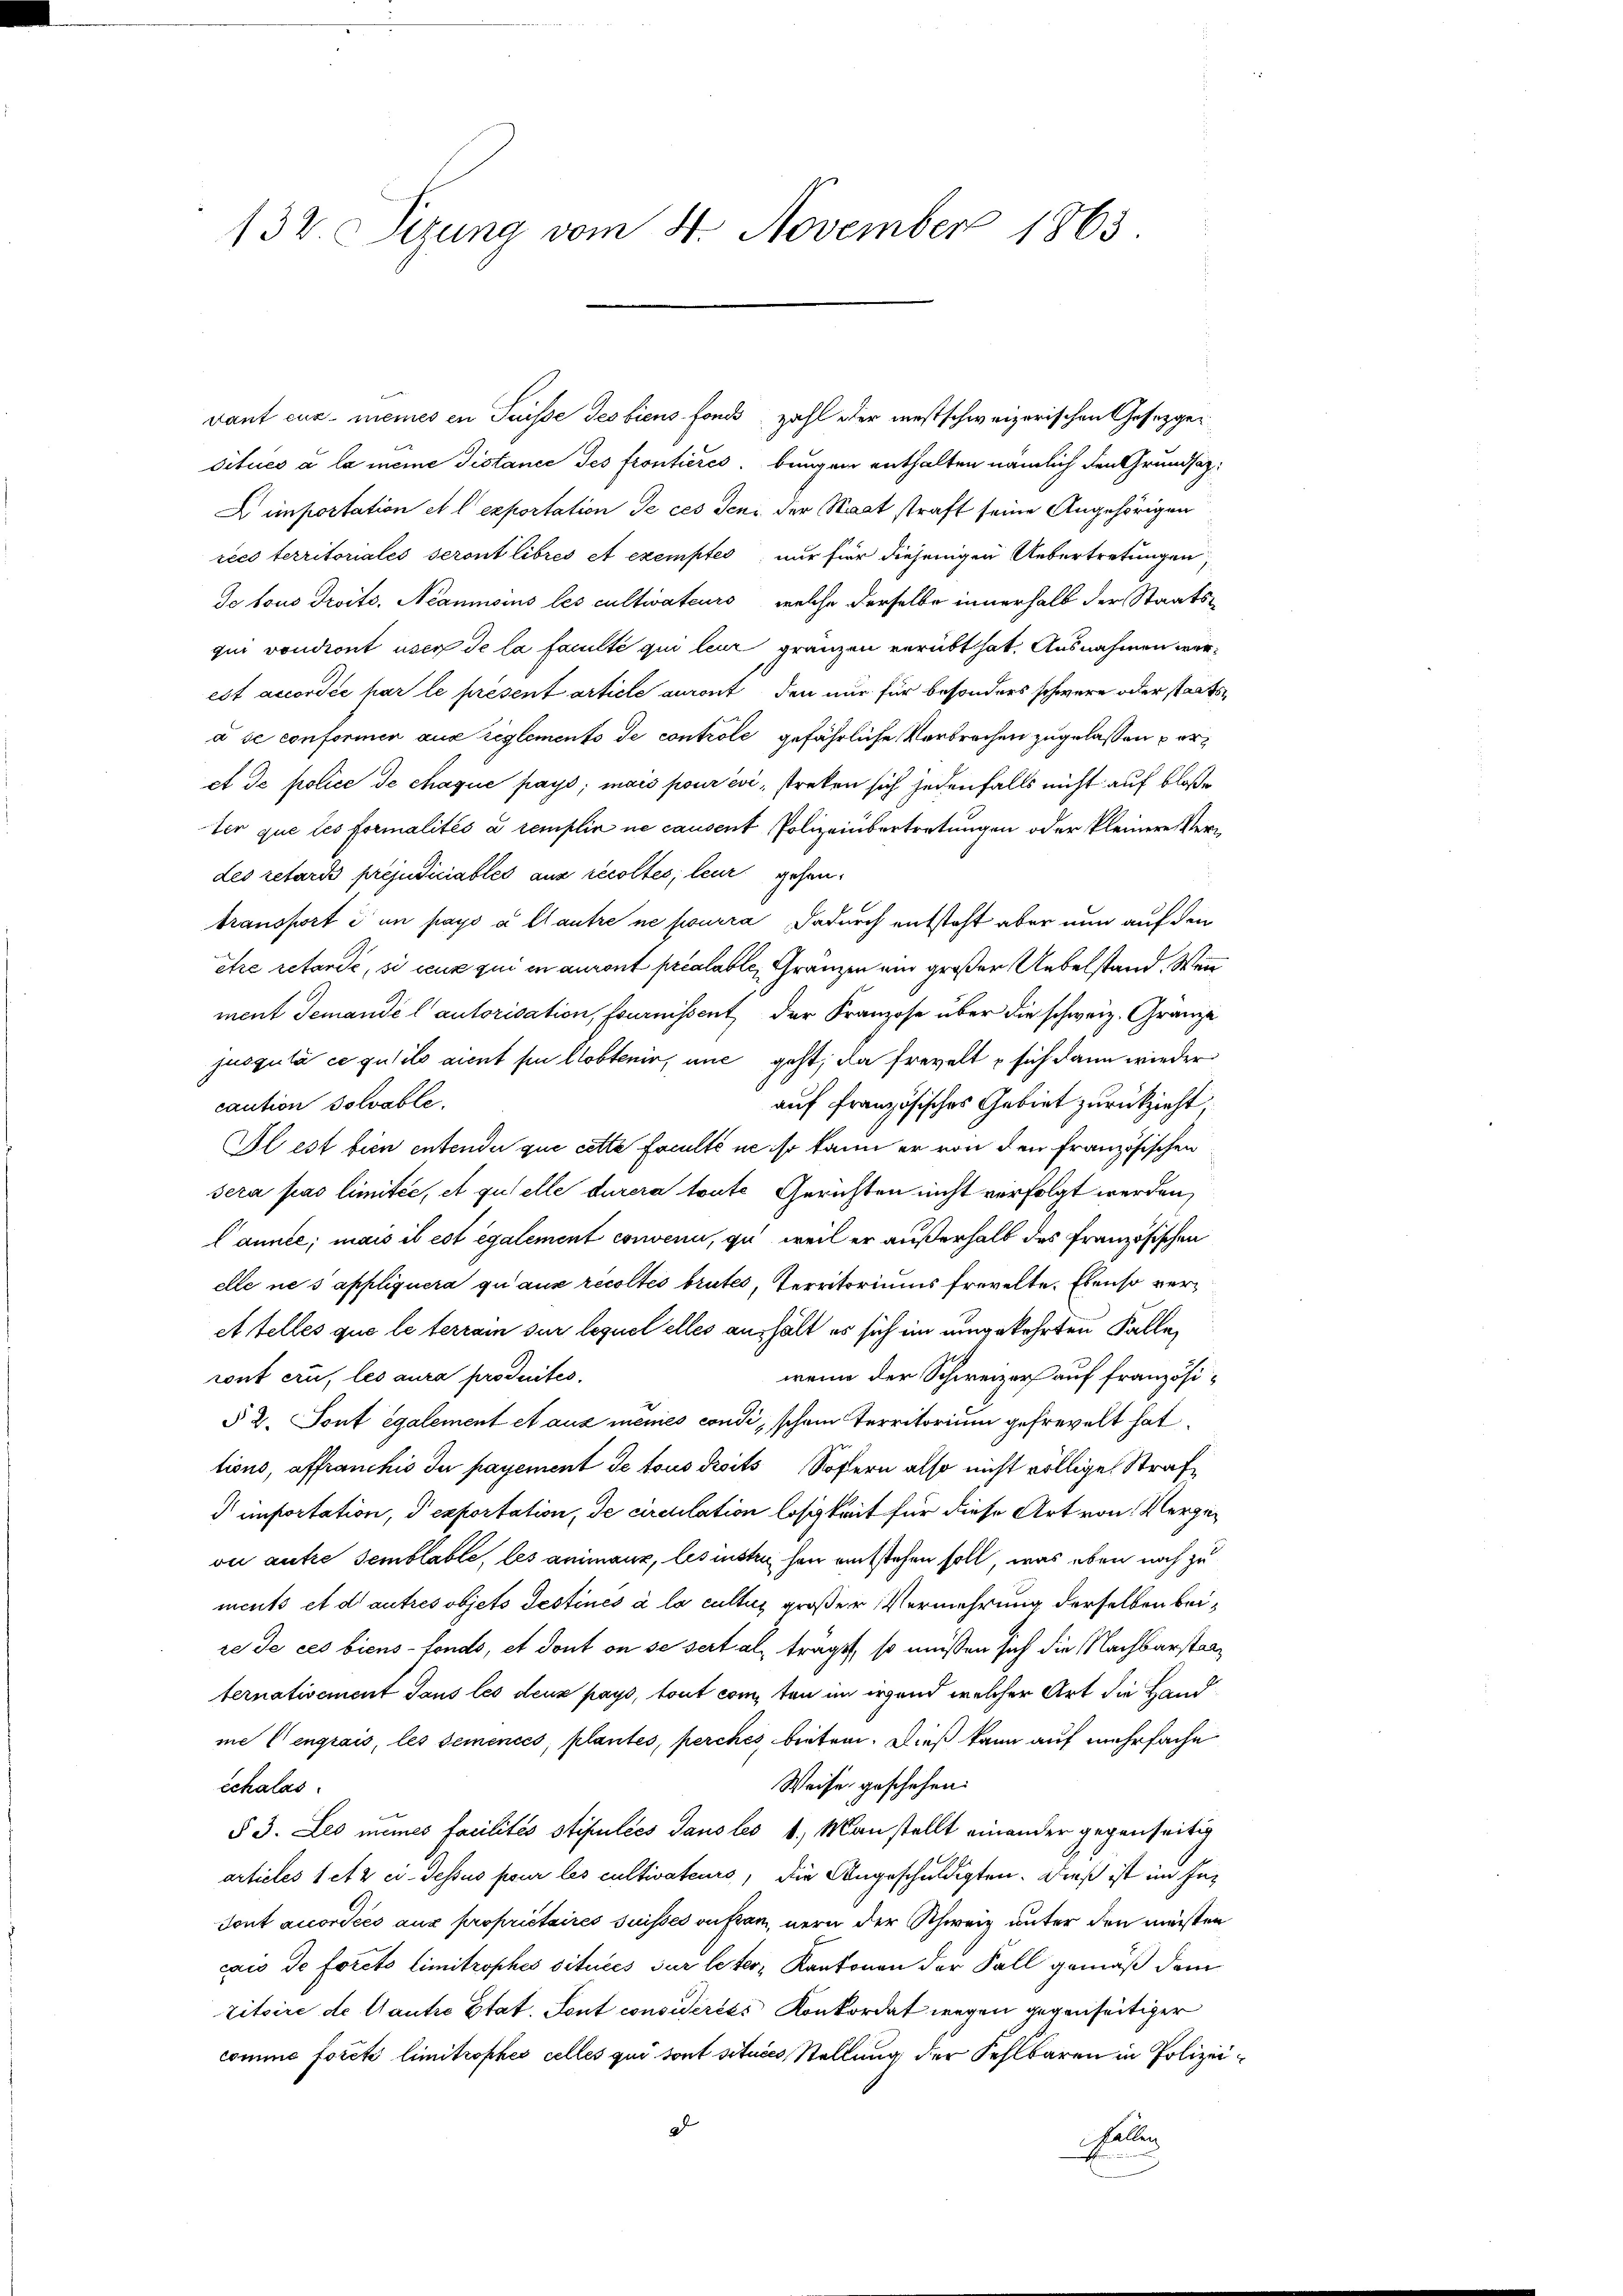
132. Sizung vom 4. November 1863

vant cur meines en Suisse des biens fonde zahl oder westschweizerischen Gesetzgeditués à la meine Distance des frontieres. Bungen enthalten nämlich den Grundsaz¬
A importation et l. exportation de ces den der Staat straft seine Angehörigen
rces territoriales seront libres et exemptes, nur für diejenigen Uebertretungen,
Je tous Droits. Néanmoins les cultivateurs, welche derselbe innerhalb der Staatsqui vondiont user de la faculté qui leur gränzen verübt hat. Ausnahmen werest accordée par le present article auront den nur für besonders schwere oder staatsà se conformen aus reglements de controle gefährliche Verbrechen zugelaßen peret de police de chaque pays; mais pour évi, streben sich jedenfalls nicht auf bloße
ter que les formalités a remplin ne causent Polizeiübertretungen oder kleinere Verdes retaris préjudiciables aus recoltes, leur gehen.
bransporti un pays à étantre ne pourra dadurch entsteht aber nun auf den
être retardé, si ceux qui in auront préalable, Gränzen ein großer Uebelstand. Wenn
ment Jemande l’autorisation, fournissent der Franzose über die schweiz. Gränze
jusgulà ce qu’ils aient sie lobtenir, une geht, da frevelte sich dann wieder
auf französisches Gebiet zurückzieht,
caution solvable.
Il est bien entendii que cette Faculté ne ist kann er von den Französischen
sera pas limitée, et quelle durera toute Gerichten nicht verfolgt werden,
Cannte; mais il est également conveni, zu weil er außerhalb des Französischen
elle ne s appliquera qu’aux récoltes brutes, Territoriums frevelte. Ebenso ver¬
At telles que le terrain sur lequel elles aushält es sich in umgekehrten Falle
wenn der Schweizer auf französiront eri, les aura produites,
§ 2. Sont également et aus meines condi, schon Territorium gefrevelt hat.
tions, affranchis Ju payement de tous droits Sofern also nicht völlige Straf¬
 importation, d exportation, de circulation losigkeit für diese Art von Vergevii autre semblable, les animaux, les insten her entstehen soll, was eben noch zu
ments et d’autres objets Testinés à la cultus großer Vermehrung derselben beire de ces biens-fonds, et dont on se seit als traget, so müßen sich die Nachbarstanternativement Jans les deux pays, tout com, ten im irgend welcher Art die Hand
me (engrais, les semencés, plantes, perches bieten. Dieß kann auf mehrfache
Weise geschehen.
Echalas
§ 3. Les mines facilités stipulées sans les 1. Man stellt einander gegenseitig
articles 1 et 2 ci-dessus pour les cultivateurs, die Angeschuldigten. Dieß ist im In¬
Sont accordées aux propriétaires suisses aufsan, nern der Schweiz unter den müßten
cio de forcto limitrophes situées sur leter, Kantonen der Fall gemäß dem
zitoire de Gautre Etat. Sent considérées Konkordat wegen gegenseitiger
comme forete limitrophes celles qui sont situées Stellung der Fehlbaren in Polizeid
Fellen